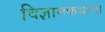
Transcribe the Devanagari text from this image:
विज्ञानकथांचा